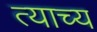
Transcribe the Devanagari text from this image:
त्याच्य